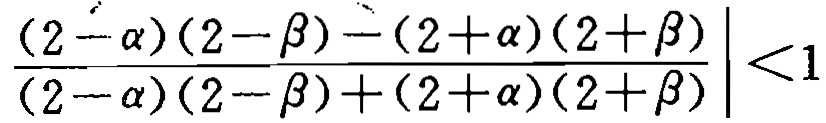
$\left|\frac{(2 - \alpha)(2 - \beta) - (2 + \alpha)(2 + \beta)}{(2 - \alpha)(2 - \beta) + (2 + \alpha)(2 + \beta)}\right| < 1$